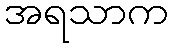
အရသာက